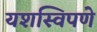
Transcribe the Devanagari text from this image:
यशस्विपणे